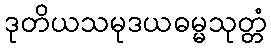
ဒုတိယသမုဒယဓမ္မသုတ္တံ